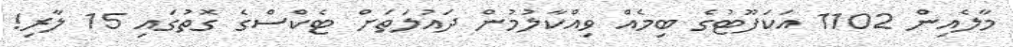
މާލެއިން 1102 އަކަފޫޓުގެ ބިމެއް ވިއްކާލުމުން ދައުލަތަށް ޓެކްސްގެ ގޮތުގައި 15 ލާރި!